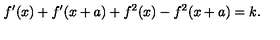
f ^ { \prime } ( x ) + f ^ { \prime } ( x + a ) + f ^ { 2 } ( x ) - f ^ { 2 } ( x + a ) = k .